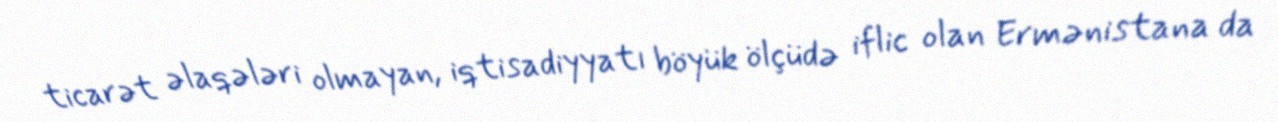
ticarət əlaqələri olmayan, iqtisadiyyatı böyük ölçüdə iflic olan Ermənistana da